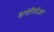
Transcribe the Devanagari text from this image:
डायोनिसीअस